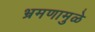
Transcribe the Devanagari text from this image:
भ्रमणामुळे